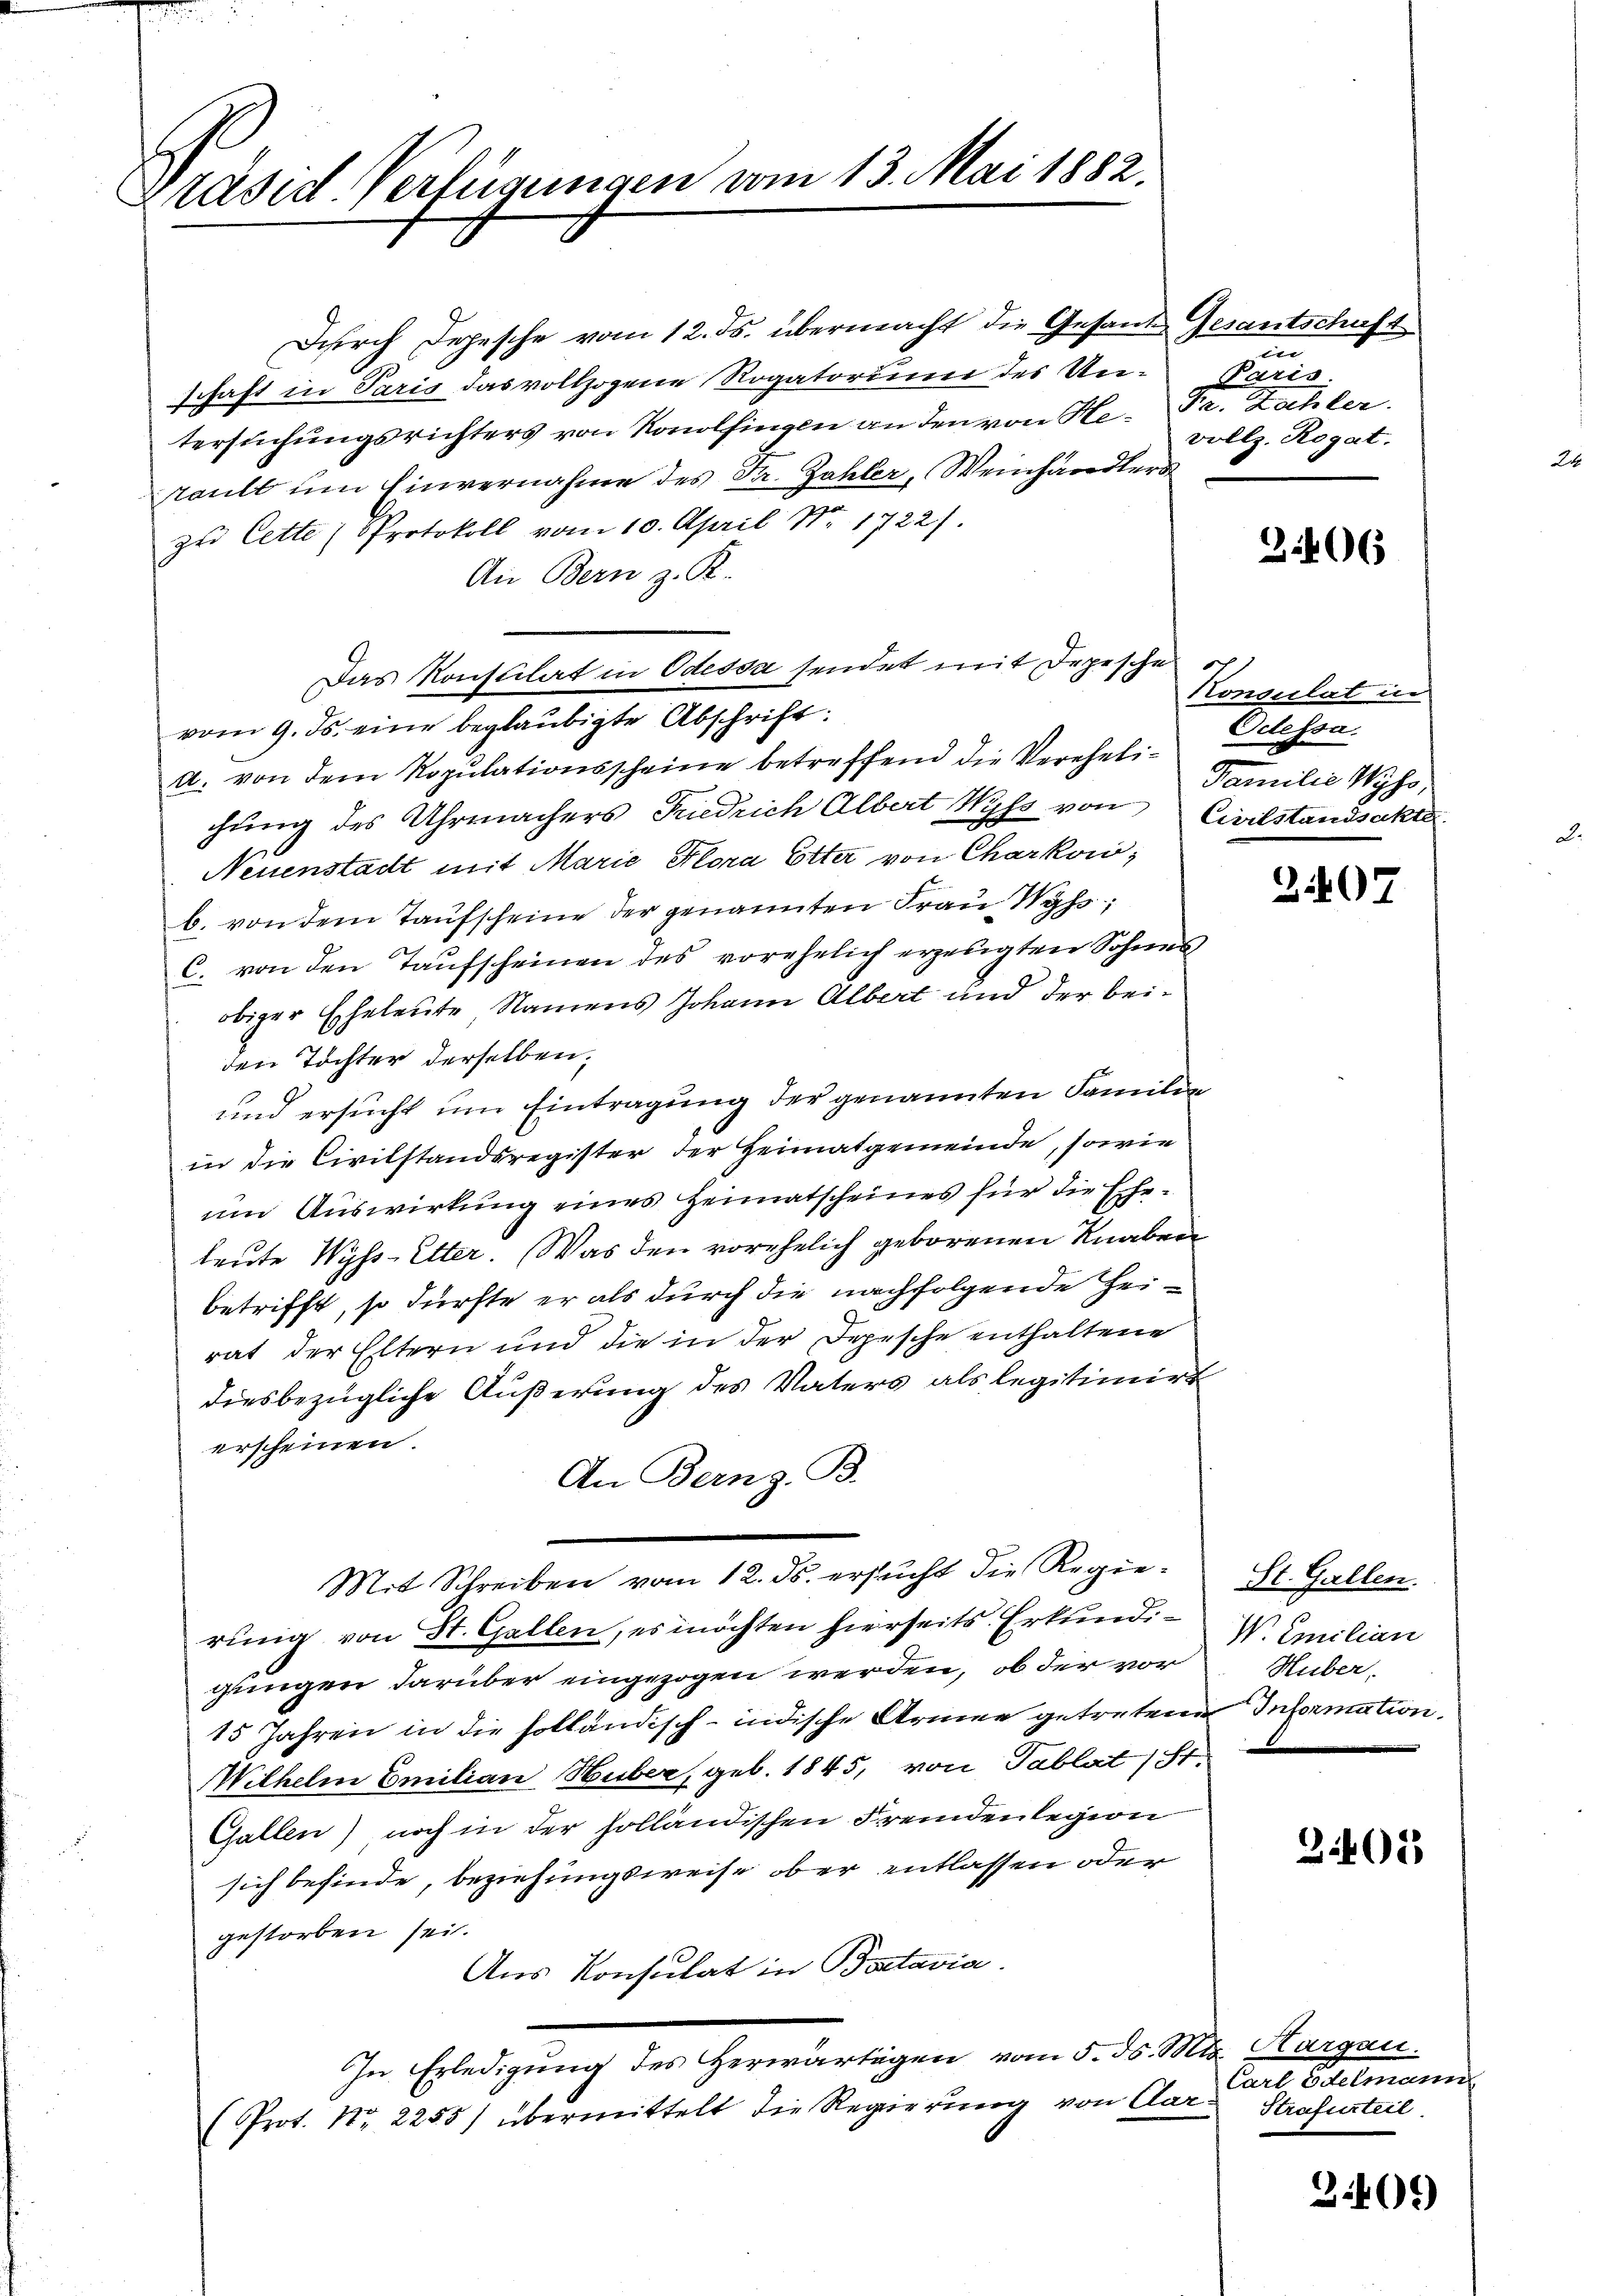
Präsid. Verfügungen vom 13. Mai 1882.

Durch Depesche vom 12. ds. übermacht die Gesandes Gesantschaft
schaft in Paris das vollzogene Rogatorium des Untersuchungsrichters von Konolfingen an den von He- Pr. Zahler.
rault um Einvernahme des Dr. Zahler, Weinhandler
zu Cette (Protokoll vom 10. April Nr 1722)
An Bern z. R.
vom 9. ds. eine beglaubigte Abschrift:
a. von dem Ropulationsscheine betreffend die Verehelichung des Uhrmachers Friedrich Albert Wyss von
Neuenstadt mit Marie Flora Etter von Charkow,
b. von dem Taufscheine der genannten Frau Wyss,
C. von den Taufscheinen des vorehrlich erzeugten Sohnes
obiger Eheleute Namens Johann Albert und der beiden Tochter derselben,
und ersucht um Eintragung der genannten Familie
in die Civilstandsregister der Heimatgemeinde, sowie
um Auswirkung eines Heimatscheines für die Ehe-
leute Wyss-Etter. Was den vorehelich geborenen Knaben
betrifft, so dürfte er als durch die nachfolgende Heirat der Eltern und die in der Depesche enthaltene
diesbezügliche Äußerung des Vaters als legitimirt
erscheinen.
An Bern z. B.
Mit Schreiben vom 12. ds. ersucht die Regierung von St. Gallen, es möchten hierseits Erkundigungen darüber eingezogen werden, ob der vor
15 Jahren in die solländisch-indische Armen getretene Information,
Wilhelm Emilian Huber, geb. 1845, von Tablat) St.
Gallen) noch in der holländischen Fremdenlegion
sich befinde, beziehungsweise ober entlassen oder
gestorben sei.
Aus Konsulat in Batavia
In Erledigung des Herwärtigen vom 5. ds. Mts. Aargau.
(Prot. Nr. 2255/ übermittelt die Regierung von Aar- Strafurteil.

Das Konstilat in Odessa sendet mit Depesche

in
Paris.
vollz. Rogat.

3.406

Konsulat in
Odlessa.
Familie Wyss,
Civilstandsakte

307

St. Gallen.
W. Emilian
Huber,

3401)

Carl Edelmann

3.405